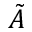
\Tilde { A }